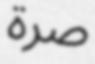
صرة